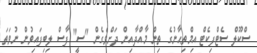
ސްކޫލް ސެޓްފިކެޓް އިމްތިޙާނުގެ ތިން މާއްދާއިން ދަށްވެގެން "ސީ" ފާސް ލިބިފައިވުން ނުވަތަ